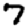
Digit: 7